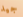
جيد